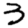
Digit: 3